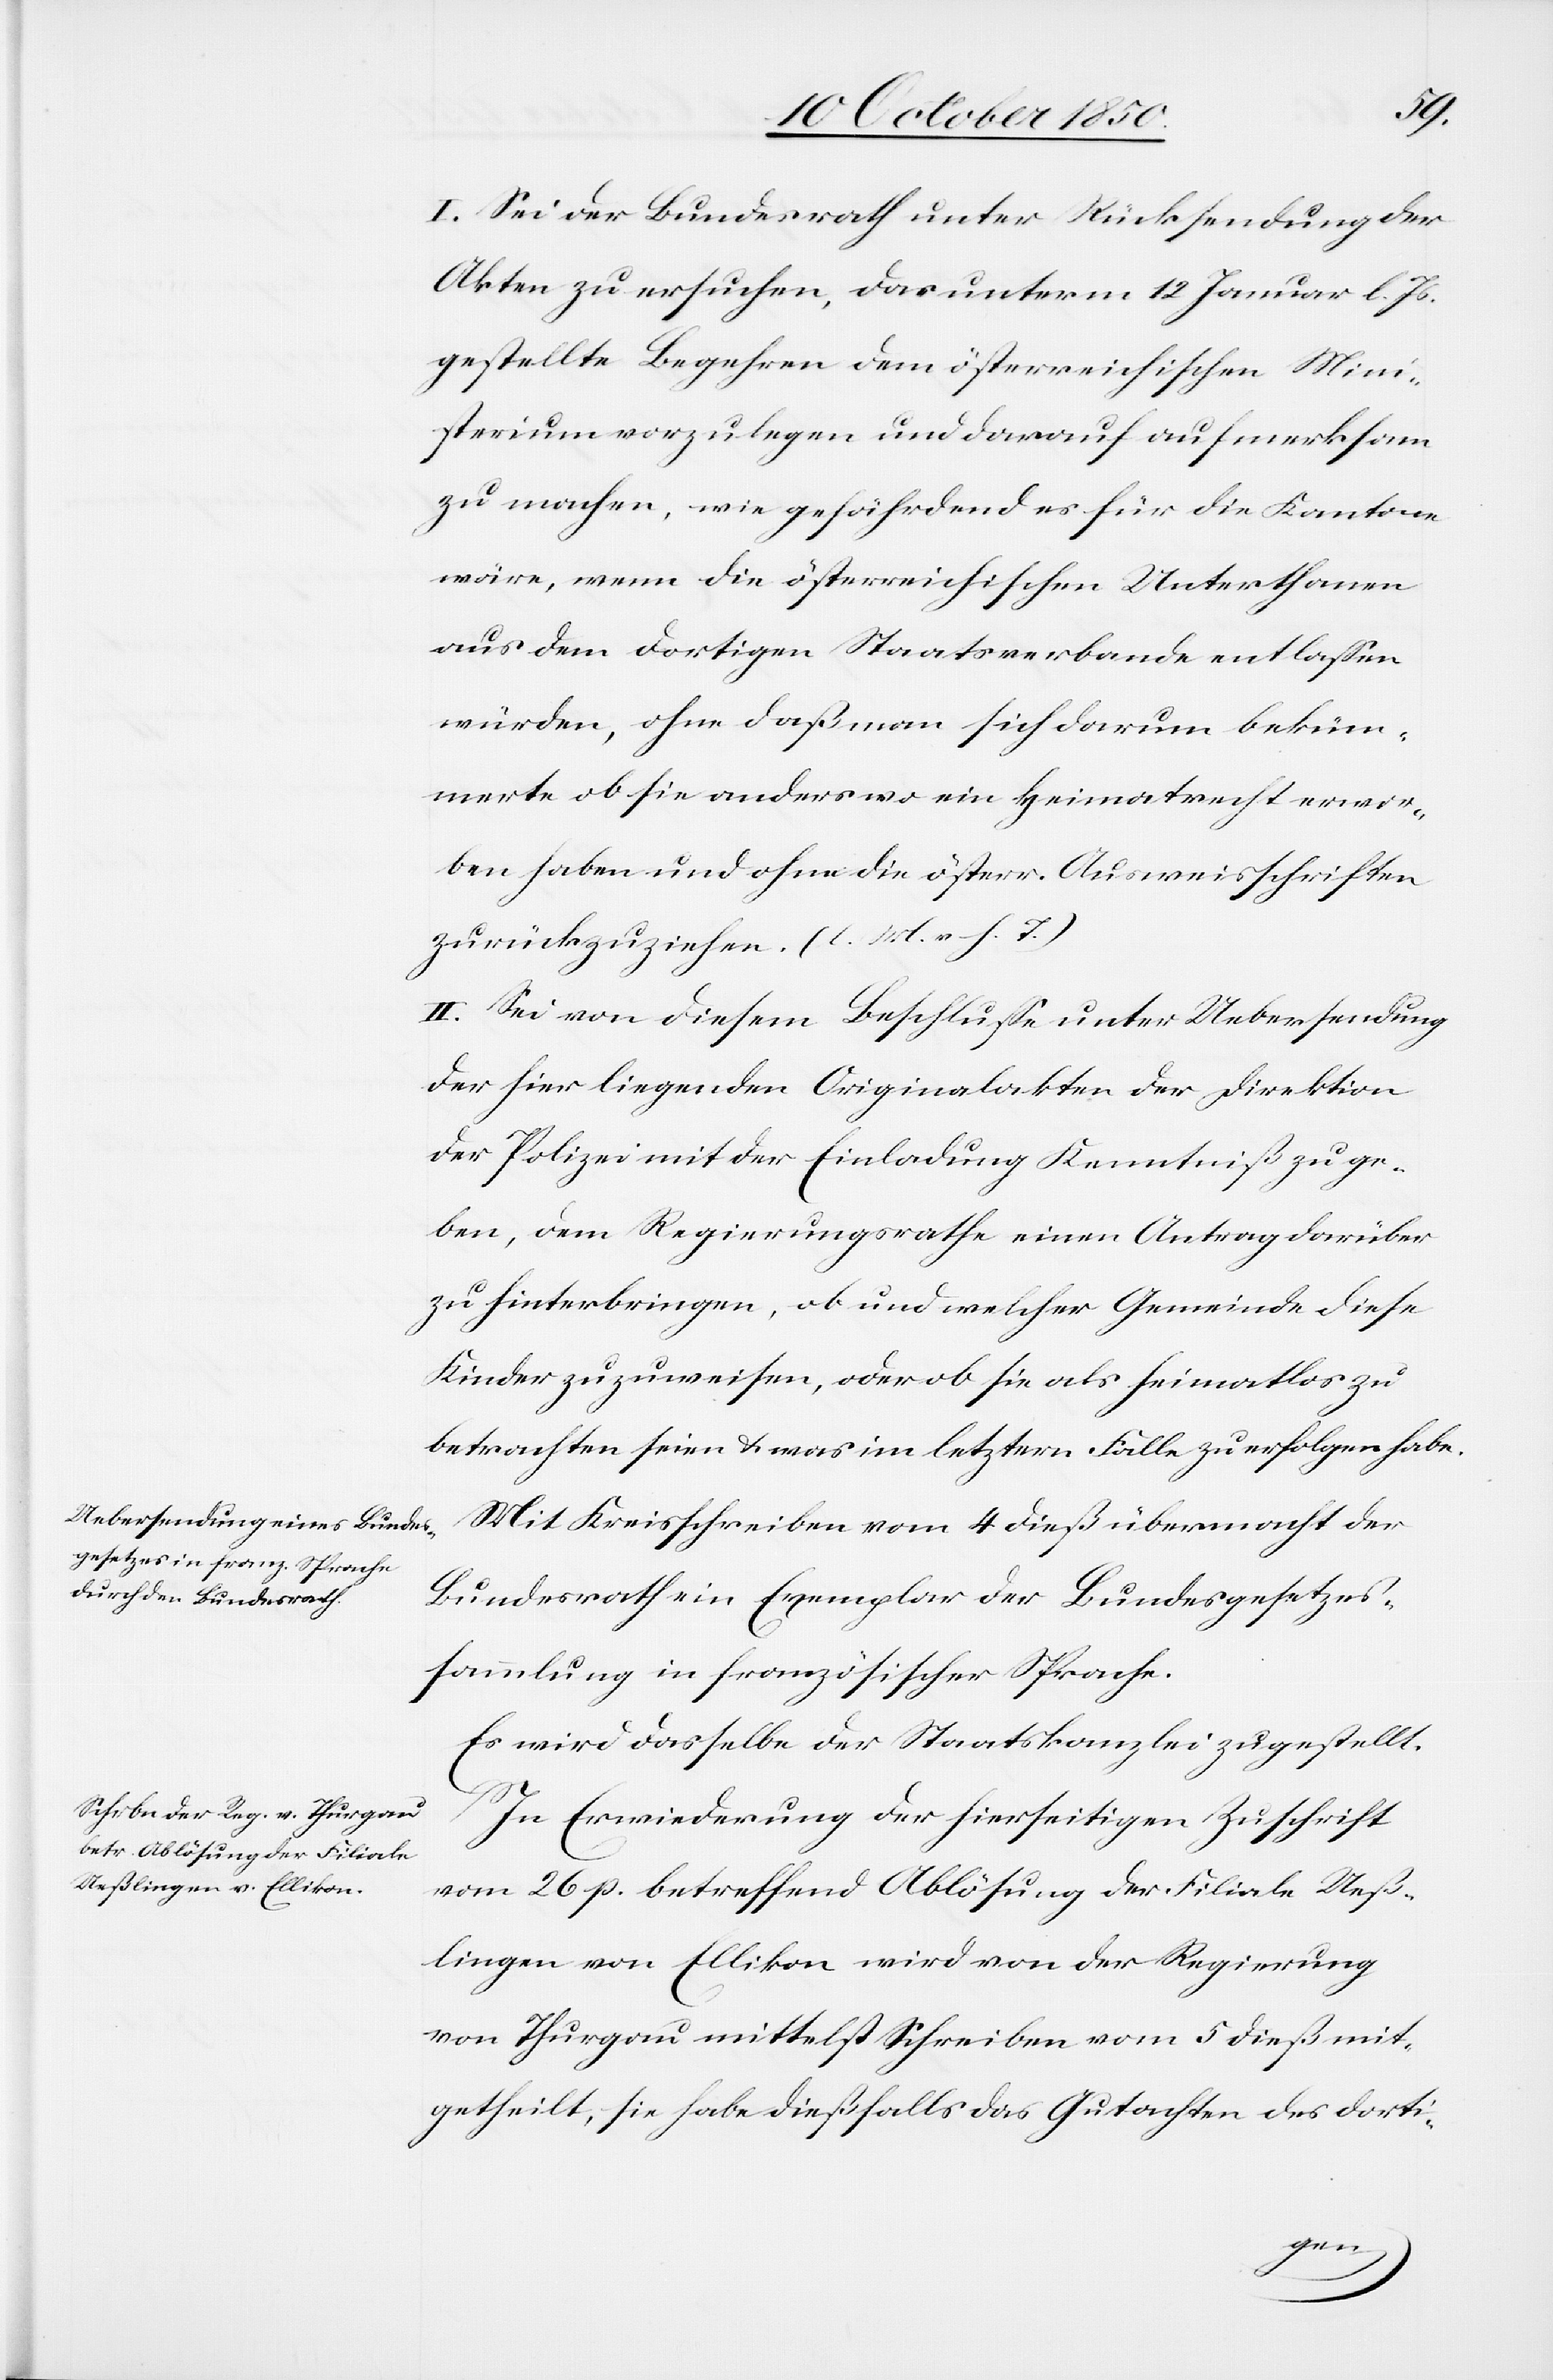
I. Sei der Bundesrath unter Rücksendung der
Akten zu ersuchen, das unterm 12 Januar l. Js.
gestellte Begehren dem österreichischen Mini¬
sterium vorzulegen und darauf aufmerksam
zu machen, wie gefährdend es für die Kantone
wäre, wenn die österreichischen Unterthanen
aus dem dortigen Staatsverbande entlassen
würden, ohne daß man sich darum beküm¬
merte ob sie anders wo ein Heimatrecht erwor¬
ben haben und ohne die österr. Ausweisschriften
zurückzuziehen. (l. M. v. h. T.)
II. Sei von diesem Beschlusse unter Uebersendung
der hier liegenden Originalakten der Direktion
der Polizei mit der Einladung Kenntniß zu ge¬
ben, dem Regierungsrathe einen Antrag darüber
zu hinterbringen, ob und welcher Gemeinde diese
Kinder zuzuweisen, oder ob sie als heimatlos zu
betrachten seien & was im letztern Falle zu erfolgen habe.
Mit Kreisschreiben vom 4 dieß übermacht der
Bundesrath ein Exemplar der Bundesgesetzes¬
sammlung in französischer Sprache.
Es wird dasselbe der Staatskanzlei zugestellt.
In Erwiederung der hierseitigen Zuschrift
vom 26 p. betreffend Ablösung der Filiale Ueß¬
lingen von Ellikon wird von der Regierung
von Thurgau mittelst Schreiben vom 5 dieß mit¬
getheilt, sie habe dießfalls das Gutachten des dorti-